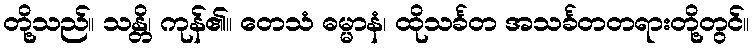
တို့သည်။ သန္တိ၊ ကုန်၏။ တေသံ ဓမ္မာနံ၊ ထိုသင်္ခတ အသင်္ခတတရားတို့တွင်။